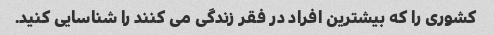
کشوری را که بیشترین افراد در فقر زندگی می کنند را شناسایی کنید.